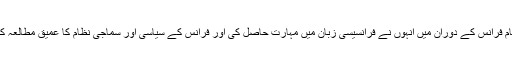
قیام فرانس کے دوران میں انہوں نے فرانسیسی زبان میں مہارت حاصل کی اور فرانس کے سیاسی اور سماجی نظام کا عمیق مطالعہ کیا۔